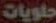
حلويات